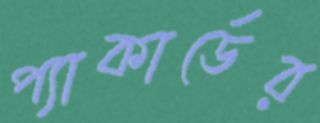
প্যাকার্ডের